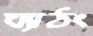
ঘ্যাঠং